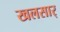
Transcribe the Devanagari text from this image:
खलसार्